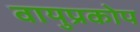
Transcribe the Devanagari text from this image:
वायुप्रकोप